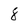
Character: 8